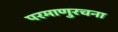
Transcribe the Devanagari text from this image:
परमाणुरचना